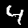
Label: 4